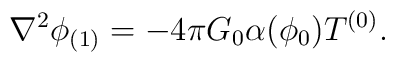
\nabla^2\phi_{(1)}= -4\pi G_0 \alpha(\phi_0)T^{(0)}.